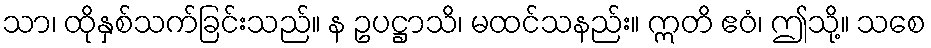
သာ၊ ထိုနှစ်သက်ခြင်းသည်။ န ဥပဋ္ဌာသိ၊ မထင်သနည်း။ ဣတိ ဧဝံ၊ ဤသို့။ သစေ